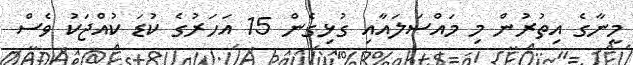
މީނާގެ އިތުރުން މި މައްސަލައާއި ގުޅިގެން 15 އަހަރުގެ ކުޑަ ކުއްޖަކު ވެސް